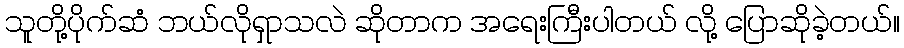
သူတို့ပိုက်ဆံ ဘယ်လိုရှာသလဲ ဆိုတာက အရေးကြီးပါတယ် လို့ ပြောဆိုခဲ့တယ်။